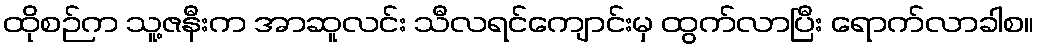
ထိုစဉ်က သူ့ဇနီးက အာဆူလင်း သီလရင်ကျောင်းမှ ထွက်လာပြီး ရောက်လာခါစ။